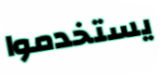
يستخدموا